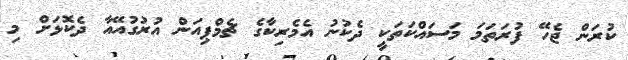
ކުރަން ޖެހޭ ފުރަތަމަ މަސައްކަތަކީ ދެކުނު އެމެރިކާގެ ޗެމްޕިއަން އުރުގުއޭއާ ދެކޮޅަށް މި